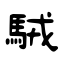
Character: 駥